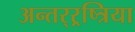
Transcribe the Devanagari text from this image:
अन्तर्‍र्रष्त्रिया